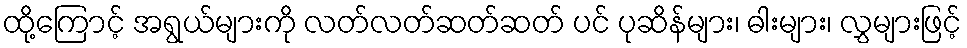
ထို့ကြောင့် အရွယ်များကို လတ်လတ်ဆတ်ဆတ် ပင် ပုဆိန်များ၊ ဓါးများ၊ လွှများဖြင့်